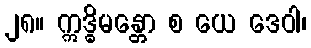
၂၈။ ဣဒ္ဓိမန္တော စ ယေ ဒေဝါ၊